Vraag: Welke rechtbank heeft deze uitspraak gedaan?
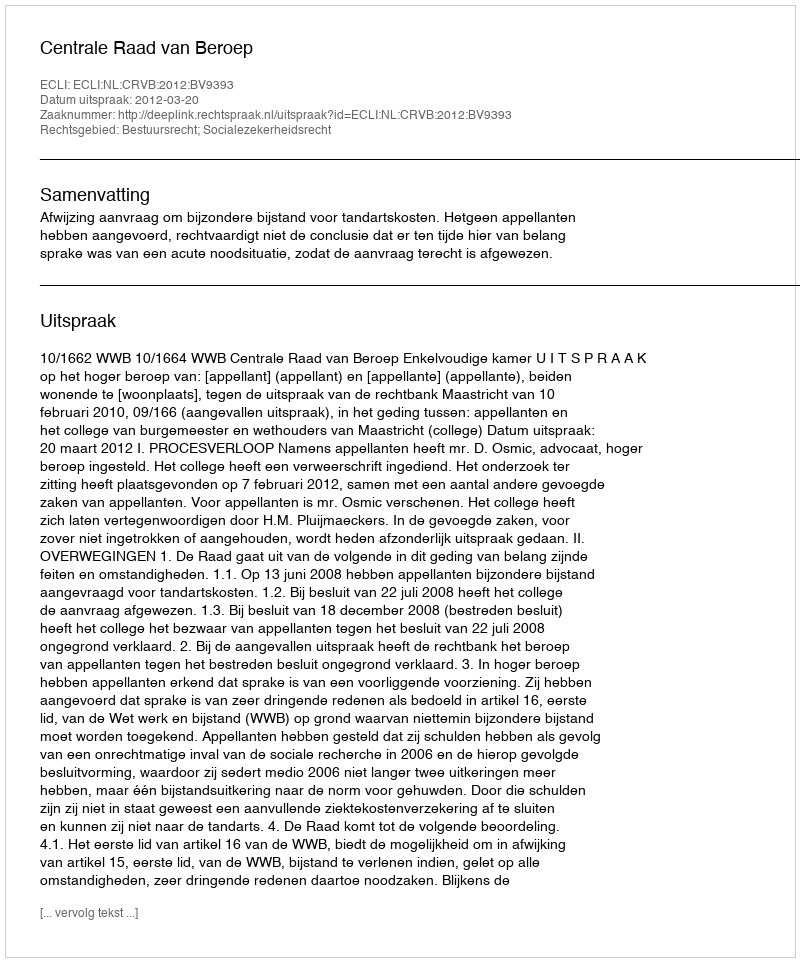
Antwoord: Centrale Raad van Beroep